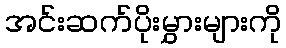
အင်းဆက်ပိုးမွှားများကို